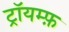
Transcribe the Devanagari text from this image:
ट्रॉयम्फ़